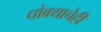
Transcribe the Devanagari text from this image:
धोक्याचेही